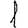
Digit: 1